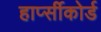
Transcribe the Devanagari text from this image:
हार्प्सीकोर्ड